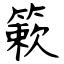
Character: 簌